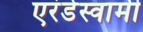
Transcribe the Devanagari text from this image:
एरंडेस्वामी